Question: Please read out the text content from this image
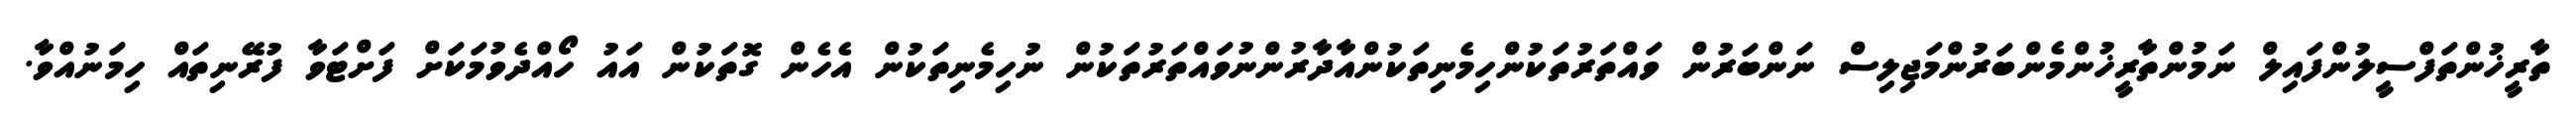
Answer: ތާރީޚުންތަފްސީލުންފައިލް ނަމުންތާރީޚުންމެންބަރުންމަޖިލިސް ނަންބަރުން ވައްތަރުތަކުންހިމެނިތަކުންއާދާރުންނުވައްތަރުތަކުން ނުހިމެނިތަކުން އެހެން ގޮތަކުން އައު ހޯއްދެވުމަކަށް ފަށްޓަވާ ފުރޭނިތައް ހިމަނުއްވާ.